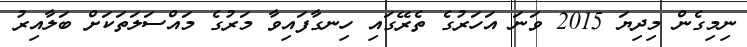
ނިމިގެން މިދިޔަ 2015 ވަނަ އަހަރުގެ ތެރޭގައި ހިނގާފައިވާ މަރުގެ މައްސަލަތަކަށް ބަލާއިރު